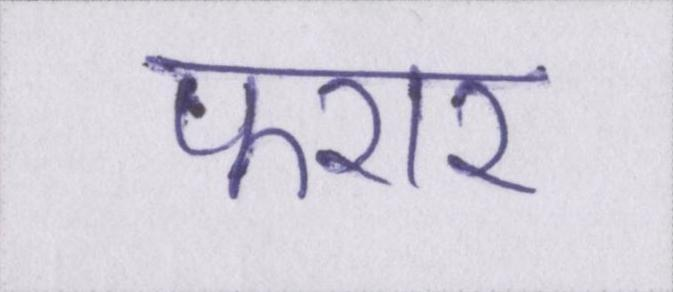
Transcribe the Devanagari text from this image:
फरार